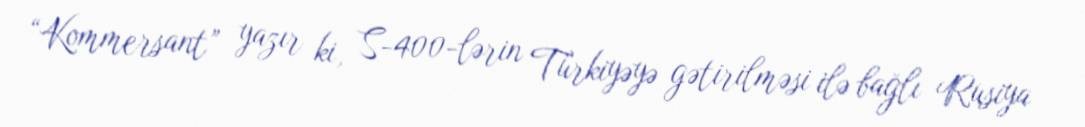
“Kommersant” yazır ki, S-400-lərin Türkiyəyə gətirilməsi ilə bağlı Rusiya